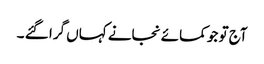
آج تو جو کمائے نجانے کہاں گرا گئے ۔